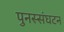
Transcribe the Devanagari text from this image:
पुनस्संघटन